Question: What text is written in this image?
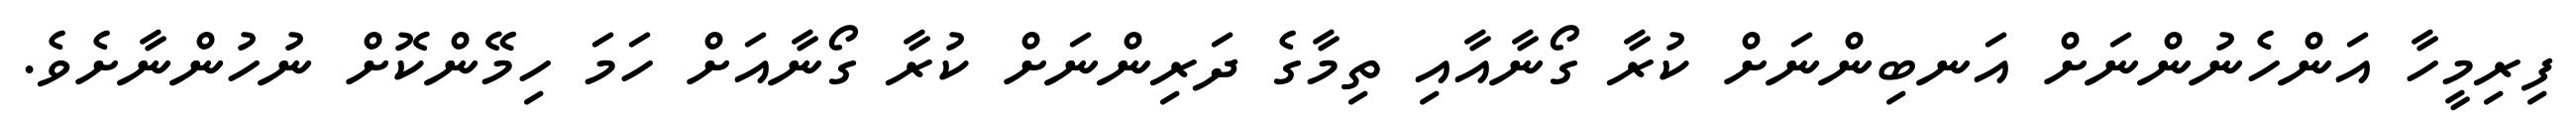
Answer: ފިރިމީހާ އަންހެނުންނަށް އަނބިންނަށް ކުރާ ގޯނާއާއި ތިމާގެ ދަރިންނަށް ކުރާ ގޯނާއަށް ހަމަ ހިމޭންކޮށް ނުހުންނާށެވެ.